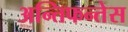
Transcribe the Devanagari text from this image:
अन्तिफन्तेस